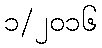
၁/၂၀၁၆